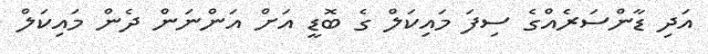
އަދި ޑާންސަރެއްގެ ސިފަ މައިކަލް ގެ ބޮޑީ އަށް އަންނަން ދެން މައިކަލް